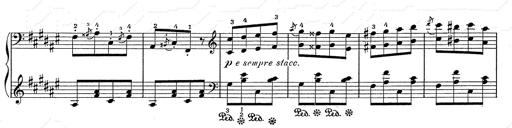
Title: Hungarian Rhapsody No.2
Composer: Franz Liszt
Key: C-sharp minor